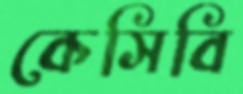
কেসিবি